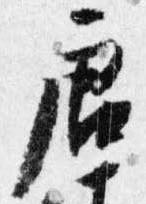
唐